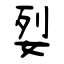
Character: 姴